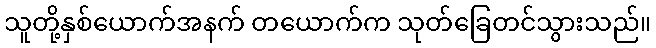
သူတို့နှစ်ယောက်အနက် တယောက်က သုတ်ခြေတင်သွားသည်။